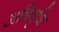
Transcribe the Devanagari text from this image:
अभिवृष्टि